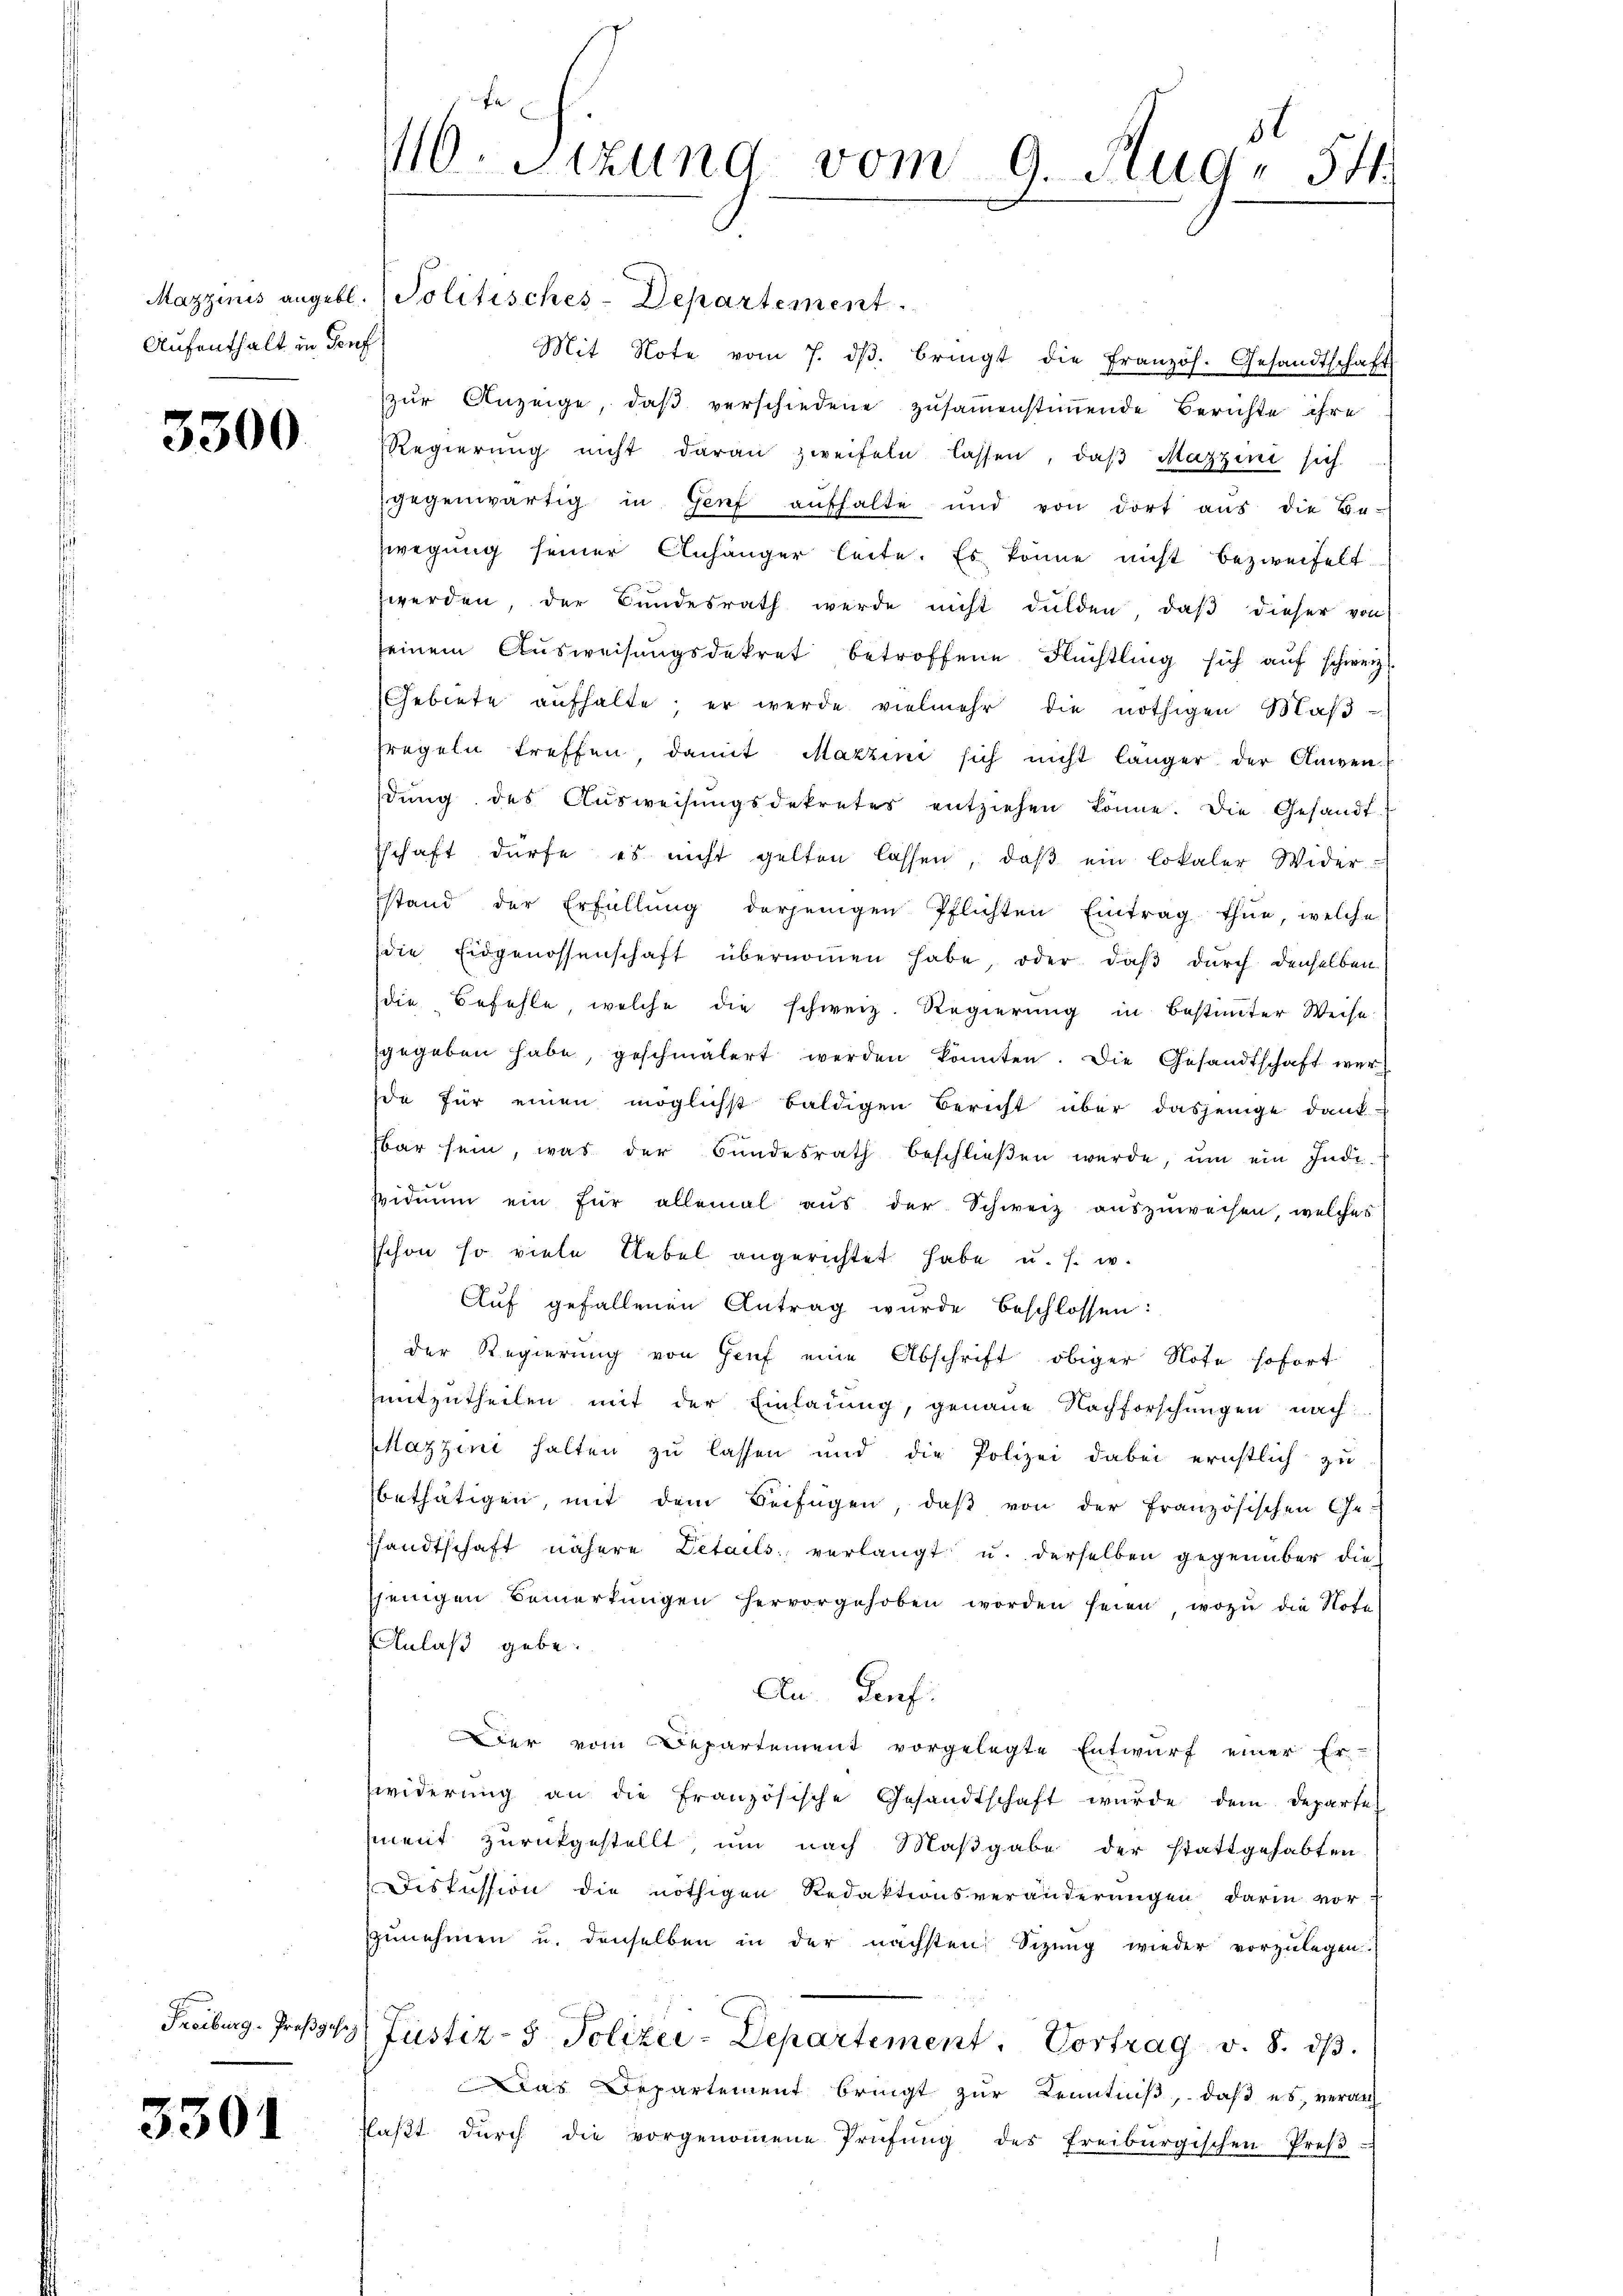
Aufenthalt in Souf

3300

Freiburg. Preßg.

3301

Mit Note vom 7. dβ. bringt die Französ. Gesandtschaft
zŭr Anzeige, daβ verschiedene zusammenstimmende Berichte ihre
Regierŭng nicht daran zweifeln lassen, daβ Mazzini sich
gegenwärtig in Genf aufhalte und von dort aus die Be-
zwegung seiner Anhänger leite. Es könne nicht bezweifelt
werden, der Bundesrath werde nicht dulden, daß dieser von
seinem Ausweisungsdekret betroffene Flüchtling sich auf schweiz.
Gebiete aufhalte; er werde vielmehr die nöthigen Maβ-
fregeln treffen, damit Mazzine sich nicht länger der Anwen-
dŭng des Aŭsweisŭngsdekretes entziehen könne. Die Gesandt¬
Tschaft dürfe es nicht gelten lassen, daβ ein lokaler Wider-
stand der Erfüllŭng derjenigen Pflichten Eintrag thue, welche
die Eidgenossenschaft übernoṁen habe, oder daβ dŭrch denselben
die Befehle, welche die schweiz. Regierung in Bestimmter Weise
gegeben habe, geschmälert werden konnten. Die Gesandtschaft werde für einen möglichst baldigen Bericht über dasjenige Dank-
bar sein, was der Bŭndesrath beschlieβen werde, ŭm ein Indi-
sidiŭm ein für allemal aŭs der Schweiz aŭszŭweisen, welches
sschon so viele Uebel angerichtet habe u. s. w.
Auf gefallenen Antrag wurde beschlossen:
der Regierung von Genf eine Abschrift obiger Note sofort
mitzutheilen mit der Einladung, genaue Nachforschungen nach
Mazzini halten zu lassen und die Polizei dabei ernstlich zu
bethätigen, mit dem Beifügen, daß von der französischen Ge-
Pfandtschaft nähere Details verlangt u. derselben gegenüber die
sjenigen Bemerkungen hervorgehoben worden seien, wozu die Note
Anlaß gebe.
An- Genf.
Der vom Departement vorgelegte Entwurf einer Er-
widerung an die Französische Gesandtschaft wurde dem Departe
meit zurückgestellt, um nach Maßgabe der stattgehabten
Diskussion die nöthigen Redaktionsveränderungen darin vor
zunehmen u. denselben in der nächsten Sizung wieder vorzulegen.
 Justiz- & Polizei-Departement. Vortrag v. 8. dβ.
Das Departement bringt zur Kenntniß, daß es, veran
flaβt dŭrch die vorgenoṁene Prüfŭng des Freiburgischen Preβ

51
10. Sizung vom 9. Aug. 54.

Mazzinis angebl. Politisches-Departement